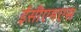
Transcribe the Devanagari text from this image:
ईसीएमएस